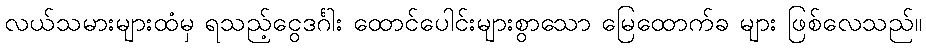
လယ်သမားများထံမှ ရသည့်ငွေဒင်္ဂါး ထောင်ပေါင်းများစွာသော မြေထောက်ခ များ ဖြစ်လေသည်။